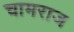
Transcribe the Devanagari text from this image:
चामराज